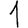
Digit: 1